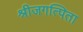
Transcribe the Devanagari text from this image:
श्रीजगत्पिता